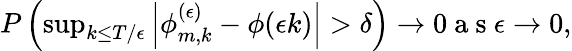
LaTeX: \begin{array}{r}{P\left(\operatorname*{sup}_{k\le T/\epsilon}\left|\phi_{m,k}^{(\epsilon)}-\phi(\epsilon k)\right|>\delta\right)\to 0\mathrm{~a~s~}\epsilon\to 0,}\end{array}